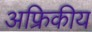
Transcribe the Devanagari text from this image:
अफ्रिकीय